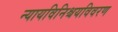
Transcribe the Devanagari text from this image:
न्यायविनिश्चयविवरण